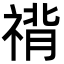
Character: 禙